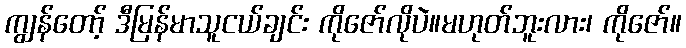
ကျွန်တော့် ဒီမြန်မာသူငယ်ချင်း ကိုဇော်လိုပဲ။မဟုတ်ဘူးလား၊ ကိုဇော်။